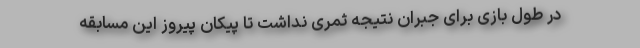
در طول بازی برای جبران نتیجه ثمری نداشت تا پیکان پیروز این مسابقه